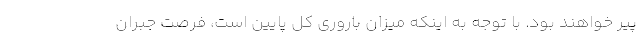
پیر خواهند بود. با توجه به اینکه میزان باروری کل پایین است، فرصت جبران